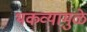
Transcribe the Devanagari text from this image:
थकव्यामुळे